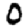
Digit: 0